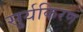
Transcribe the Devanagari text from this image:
सुर्यकिरण